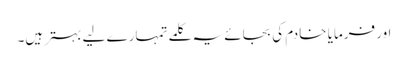
اور فرمایا خادم کی بجائے یہ کلمے تمہارے لیے بہتر ہیں۔